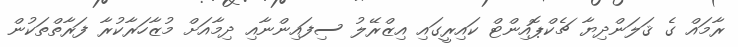
ރާމައް ގެ ޤަލަންދިޔާ ޗެކްޕޮއިންޓް ކައިރީގައި އިޒްރޭލު ސިފައިންނާއި ދިމާއަށް މުޒާހަރާކުރާ ފަރާތްތަކުން